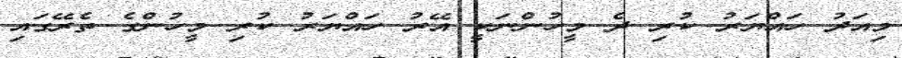
މިއަދު ހައްޔަރު ކުރި ދެ މީހުންނަކީ އޭރު ހައްޔަރު ކުރި މީހުންގެ ތެރޭގައި